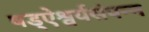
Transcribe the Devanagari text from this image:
षड्ऐश्वर्यसंपन्न